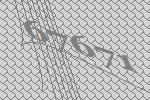
67671